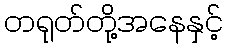
တရုတ်တို့အနေနှင့်